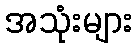
အသုံးများ